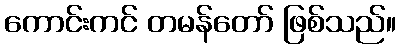
ကောင်းကင် တမန်တော် ဖြစ်သည်။